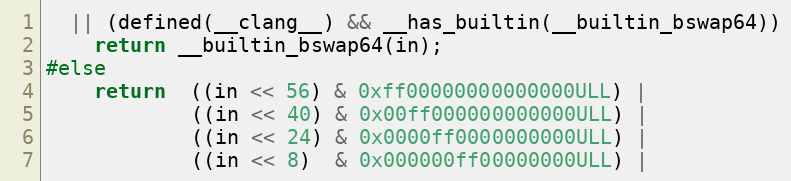
Language: C
  || (defined(__clang__) && __has_builtin(__builtin_bswap64))
    return __builtin_bswap64(in);
#else
    return  ((in << 56) & 0xff00000000000000ULL) |
            ((in << 40) & 0x00ff000000000000ULL) |
            ((in << 24) & 0x0000ff0000000000ULL) |
            ((in << 8)  & 0x000000ff00000000ULL) |